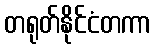
တရုတ်နိုင်ငံတကာ